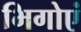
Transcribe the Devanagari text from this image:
भिगोएं